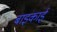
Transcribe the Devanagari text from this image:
बाइकाई